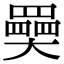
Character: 奰